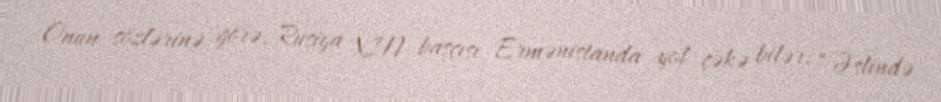
Onun sözlərinə görə, Rusiya XİN başçısı Ermənistanda yol çəkə bilər: “Əslində